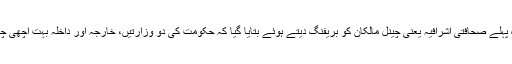
ایک دو ماہ پہلے صحافتی اشرافیہ یعنی چینل مالکان کو بریفنگ دیتے ہوئے بتایا گیا کہ حکومت کی دو وزارتیں، خارجہ اور داخلہ بہت اچھی چل رہی ہیں۔